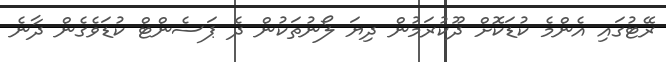
ރޭޓުގައި އެންމެ ކުޑަކޮށް ދޫކުރަމުން ދިޔަ ލޯނުތަކުން ދެ ޕަސެންޓް ކުޑަވެގެން ދާނެ